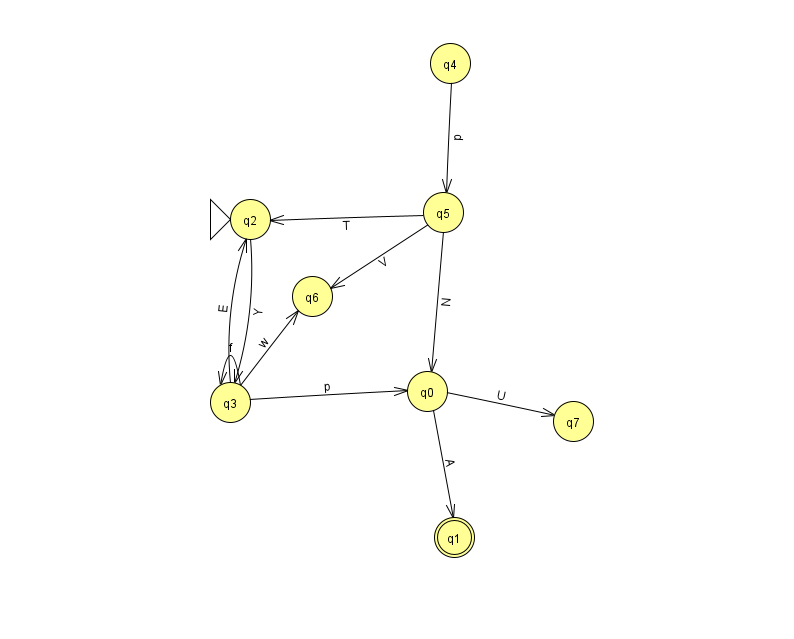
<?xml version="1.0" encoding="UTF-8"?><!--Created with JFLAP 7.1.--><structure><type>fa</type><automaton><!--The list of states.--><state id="0" name="q0"><x>427.0</x><y>378.0</y></state><state id="1" name="q1"><x>454.0</x><y>524.0</y><final/></state><state id="2" name="q2"><x>250.0</x><y>206.0</y><initial/></state><state id="3" name="q3"><x>230.0</x><y>389.0</y></state><state id="4" name="q4"><x>450.0</x><y>50.0</y></state><state id="5" name="q5"><x>443.0</x><y>199.0</y></state><state id="6" name="q6"><x>312.0</x><y>283.0</y></state><state id="7" name="q7"><x>573.0</x><y>408.0</y></state><!--The list of transitions.--><transition><from>2</from><to>3</to><read>Y</read></transition><transition><from>0</from><to>7</to><read>U</read></transition><transition><from>3</from><to>6</to><read>w</read></transition><transition><from>5</from><to>2</to><read>T</read></transition><transition><from>3</from><to>3</to><read>f</read></transition><transition><from>3</from><to>0</to><read>p</read></transition><transition><from>0</from><to>1</to><read>A</read></transition><transition><from>5</from><to>0</to><read>N</read></transition><transition><from>4</from><to>5</to><read>p</read></transition><transition><from>3</from><to>2</to><read>E</read></transition><transition><from>5</from><to>6</to><read>V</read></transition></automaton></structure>